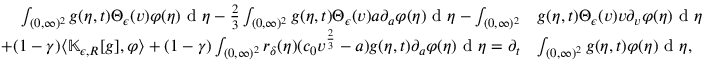
\begin{array} { r l } { \int _ { ( 0 , \infty ) ^ { 2 } } g ( \eta , t ) \Theta _ { \epsilon } ( v ) \varphi ( \eta ) \textup { d } \eta - \frac { 2 } { 3 } \int _ { ( 0 , \infty ) ^ { 2 } } g ( \eta , t ) \Theta _ { \epsilon } ( v ) a \partial _ { a } \varphi ( \eta ) \textup { d } \eta - \int _ { ( 0 , \infty ) ^ { 2 } } } & { g ( \eta , t ) \Theta _ { \epsilon } ( v ) v \partial _ { v } \varphi ( \eta ) \textup { d } \eta } \\ { + ( 1 - \gamma ) \langle \mathbb { K } _ { \epsilon , R } [ g ] , \varphi \rangle + ( 1 - \gamma ) \int _ { ( 0 , \infty ) ^ { 2 } } r _ { \delta } ( \eta ) ( c _ { 0 } v ^ { \frac { 2 } { 3 } } - a ) g ( \eta , t ) \partial _ { a } \varphi ( \eta ) \textup { d } \eta = \partial _ { t } } & { \int _ { ( 0 , \infty ) ^ { 2 } } g ( \eta , t ) \varphi ( \eta ) \textup { d } \eta , } \end{array}